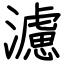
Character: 濾